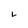
Character: L